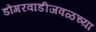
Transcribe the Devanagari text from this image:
डोंगरवाडीजवळच्या